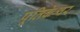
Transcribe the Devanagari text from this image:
पूतिकेश्वर